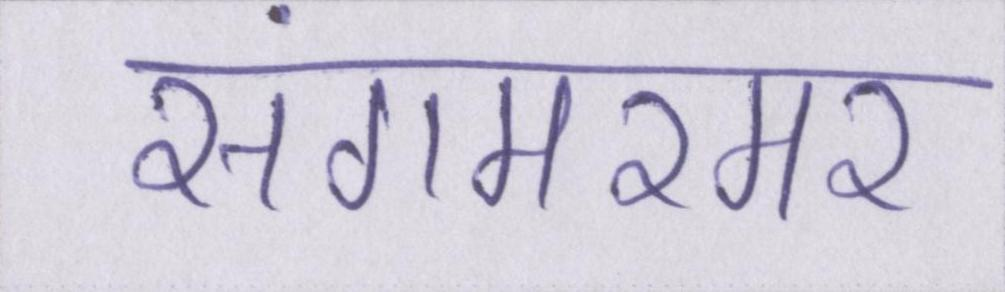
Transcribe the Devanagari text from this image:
संगमरमर